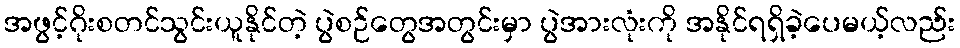
အဖွင့်ဂိုးစတင်သွင်းယူနိုင်တဲ့ ပွဲစဉ်တွေအတွင်းမှာ ပွဲအားလုံးကို အနိုင်ရရှိခဲ့ပေမယ့်လည်း